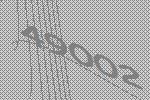
49002